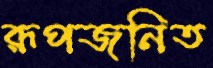
রূপজনিত